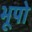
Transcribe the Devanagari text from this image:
भूपो